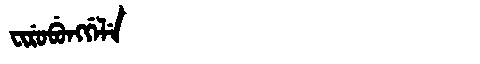
Manchu: ᠸᡳᡵᡠᠪᡠᠩᡤᡝᠯᡝ
Romanization: FIRUBUNGGELE